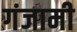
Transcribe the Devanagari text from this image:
गंजामी